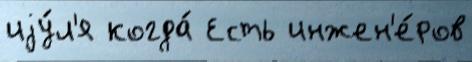
иjу́л'я когда́ Есть инжен'е́ров